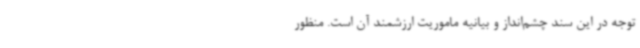
توجه در این سند چشم‌انداز و بیانیه ماموریت ارزشمند آن است. منظور